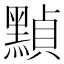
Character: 𪑳